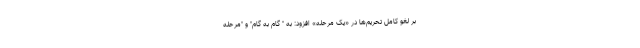
بر لغو کامل تحریم‌ها در «یک مرحله» افزود: به " گام به گام" و "مرحله